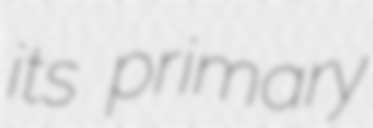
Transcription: its primary